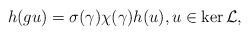
LaTeX: \begin{align*}h(gu)=\sigma(\gamma)\chi(\gamma)h(u), u\in \ker{\mathcal{L}},\end{align*}